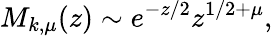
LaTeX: M_{k,\mu}(z)\sim e^{-z/2}z^{1/2+\mu},